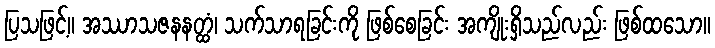
ပြသဖြင့်။ အဿာသဇနနတ္ထံ၊ သက်သာရခြင်းကို ဖြစ်စေခြင်း အကျိုးရှိသည်လည်း ဖြစ်ထသော။